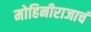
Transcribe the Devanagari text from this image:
मोहिनीराजाचं